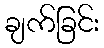
ချက်ခြင်း